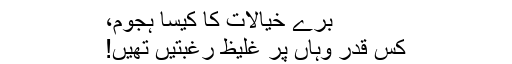
بُرے خیالات کا کیسا ہجوم،
کس قدر وہاں پر غلیظ رغبتیں تھیں!